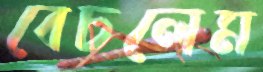
বেচলেম